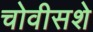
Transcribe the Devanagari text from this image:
चोवीसशे